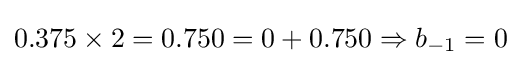
0.375\times 2=0.750=0+0.750\Rightarrow b_{-1}=0